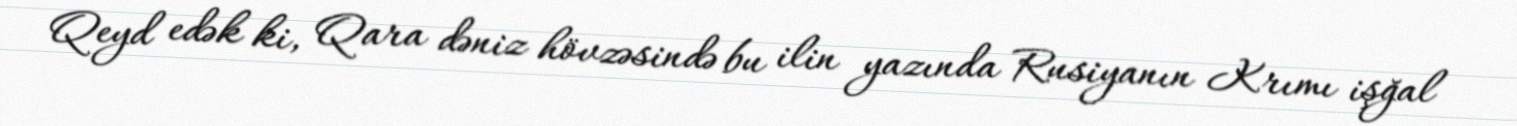
Qeyd edək ki, Qara dəniz hövzəsində bu ilin yazında Rusiyanın Krımı işğal